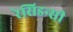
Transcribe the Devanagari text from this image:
रेसिडन्सी